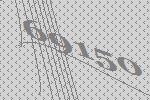
69150